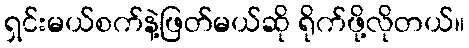
ရှင်းမယ်စက်နဲ့ဖြတ်မယ်ဆို ရိုက်ဖို့လိုတယ်။